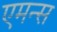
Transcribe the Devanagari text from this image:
एमन्स